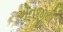
એનજીટી